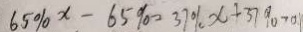
6 5 \% x - 6 5 \% = 3 7 \% x + 3 7 \% > 0 .